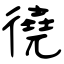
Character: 徺